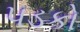
પડકો